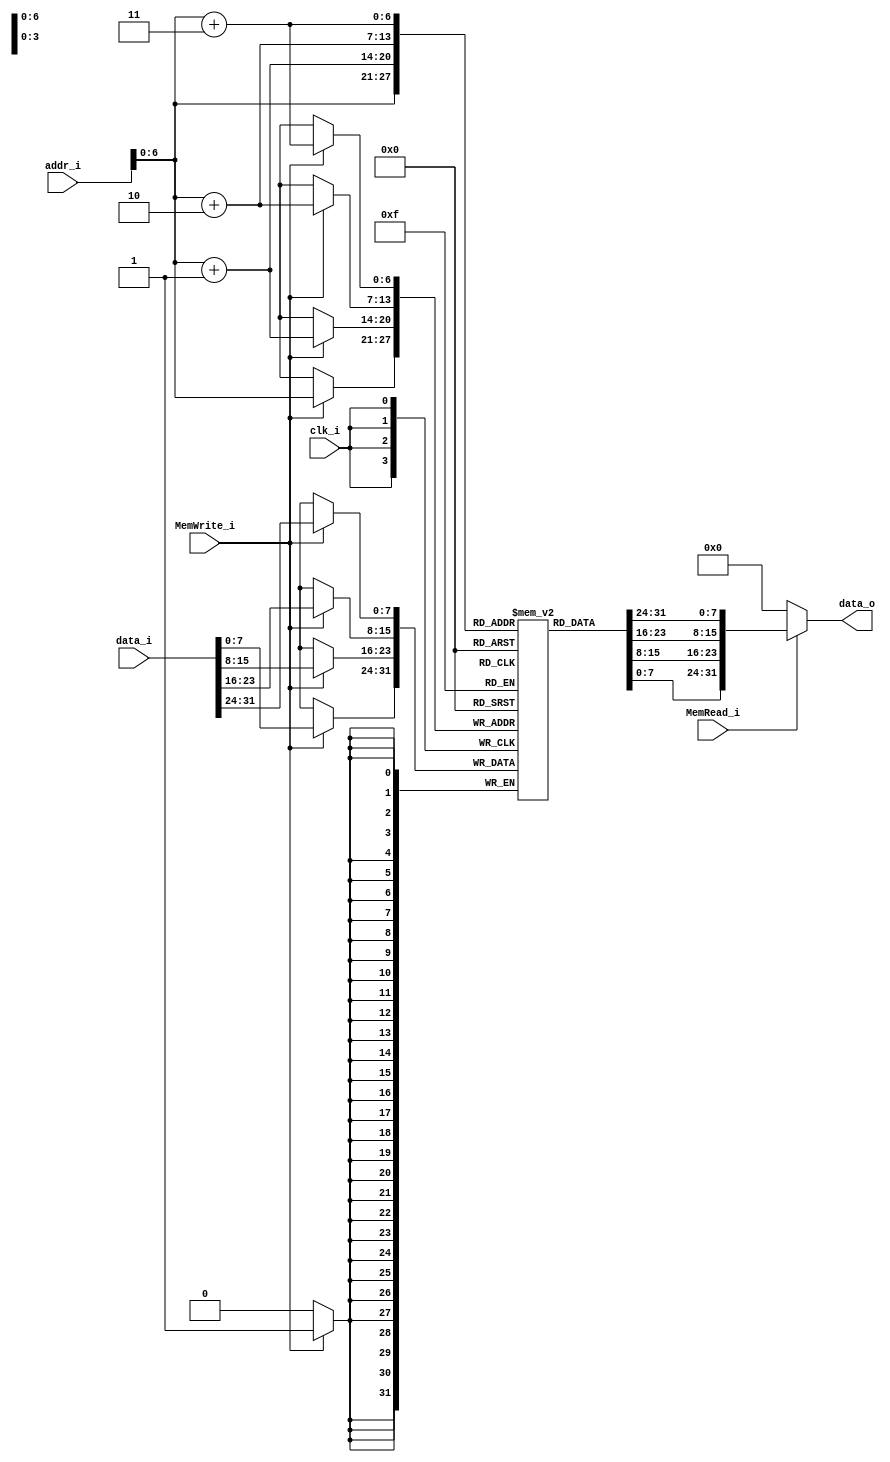
`timescale 1ns / 1ps
//////////////////////////////////////////////////////////////////////////////////
// student ID: 0516013
// Module Name:    Data_Memory
//////////////////////////////////////////////////////////////////////////////////
module Data_Memory(
    clk_i,
    addr_i,
    data_i,
    MemRead_i,
    MemWrite_i,
    data_o
);

// Interface
input           clk_i;
input   [31:0]  addr_i;
input   [31:0]  data_i;
input           MemRead_i;
input           MemWrite_i;
output  [31:0]  data_o;

// Signals
reg     [31:0]  data_o;

// Memory
reg     [7:0]   Mem     [0:127]; // address: 0x00~0x80

// For Testbench to debug
wire    [31:0]  memory  [0:31];
assign  memory[0] = {Mem[3], Mem[2], Mem[1], Mem[0]};
assign  memory[1] = {Mem[7], Mem[6], Mem[5], Mem[4]};
assign  memory[2] = {Mem[11], Mem[10], Mem[9], Mem[8]};
assign  memory[3] = {Mem[15], Mem[14], Mem[13], Mem[12]};
assign  memory[4] = {Mem[19], Mem[18], Mem[17], Mem[16]};
assign  memory[5] = {Mem[23], Mem[22], Mem[21], Mem[20]};
assign  memory[6] = {Mem[27], Mem[26], Mem[25], Mem[24]};
assign  memory[7] = {Mem[31], Mem[30], Mem[29], Mem[28]};
assign  memory[8] = {Mem[35], Mem[34], Mem[33], Mem[32]};
assign  memory[9] = {Mem[39], Mem[38], Mem[37], Mem[36]};
assign  memory[10] = {Mem[43], Mem[42], Mem[41], Mem[40]};
assign  memory[11] = {Mem[47], Mem[46], Mem[45], Mem[44]};
assign  memory[12] = {Mem[51], Mem[50], Mem[49], Mem[48]};
assign  memory[13] = {Mem[55], Mem[54], Mem[53], Mem[52]};
assign  memory[14] = {Mem[59], Mem[58], Mem[57], Mem[56]};
assign  memory[15] = {Mem[63], Mem[62], Mem[61], Mem[60]};
assign  memory[16] = {Mem[67], Mem[66], Mem[65], Mem[64]};
assign  memory[17] = {Mem[71], Mem[70], Mem[69], Mem[68]};
assign  memory[18] = {Mem[75], Mem[74], Mem[73], Mem[72]};
assign  memory[19] = {Mem[79], Mem[78], Mem[77], Mem[76]};
assign  memory[20] = {Mem[83], Mem[82], Mem[81], Mem[80]};
assign  memory[21] = {Mem[87], Mem[86], Mem[85], Mem[84]};
assign  memory[22] = {Mem[91], Mem[90], Mem[89], Mem[88]};
assign  memory[23] = {Mem[95], Mem[94], Mem[93], Mem[92]};
assign  memory[24] = {Mem[99], Mem[98], Mem[97], Mem[96]};
assign  memory[25] = {Mem[103], Mem[102], Mem[101], Mem[100]};
assign  memory[26] = {Mem[107], Mem[106], Mem[105], Mem[104]};
assign  memory[27] = {Mem[111], Mem[110], Mem[109], Mem[108]};
assign  memory[28] = {Mem[115], Mem[114], Mem[113], Mem[112]};
assign  memory[29] = {Mem[119], Mem[118], Mem[117], Mem[116]};
assign  memory[30] = {Mem[123], Mem[122], Mem[121], Mem[120]};
assign  memory[31] = {Mem[127], Mem[126], Mem[125], Mem[124]};


always@(posedge clk_i)
begin
    if(MemWrite_i)
    begin
        Mem[addr_i+3] <= data_i[31:24];
        Mem[addr_i+2] <= data_i[23:16];
        Mem[addr_i+1] <= data_i[15:8];
        Mem[addr_i]   <= data_i[7:0];
    end
end

always@(addr_i or MemRead_i)
begin
    if(MemRead_i)
        data_o = {Mem[addr_i + 3], Mem[addr_i + 2], Mem[addr_i + 1], Mem[addr_i]};
    else
        data_o = 32'b0;
end

endmodule